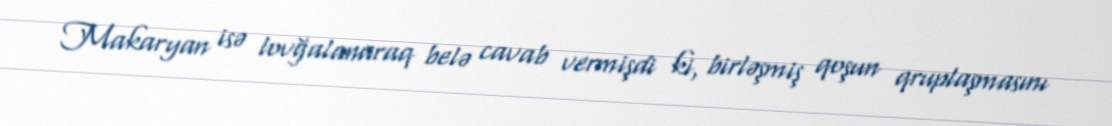
Makaryan isə lovğalanaraq belə cavab vermişdi ki, birləşmiş qoşun qruplaşmasını